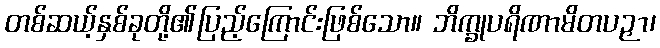
တစ်ဆယ့်နှစ်ခုတို့၏ပြည့်ကြောင်းဖြစ်သော။ ဘိက္ခုပရိဏာမိတပဉှာ၊